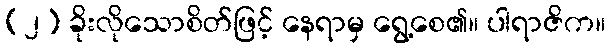
(၂) ခိုးလိုသောစိတ်ဖြင့် နေရာမှ ရွေ့စေ၏။ ပါရာဇိက။